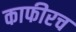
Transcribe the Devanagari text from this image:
काफीरच